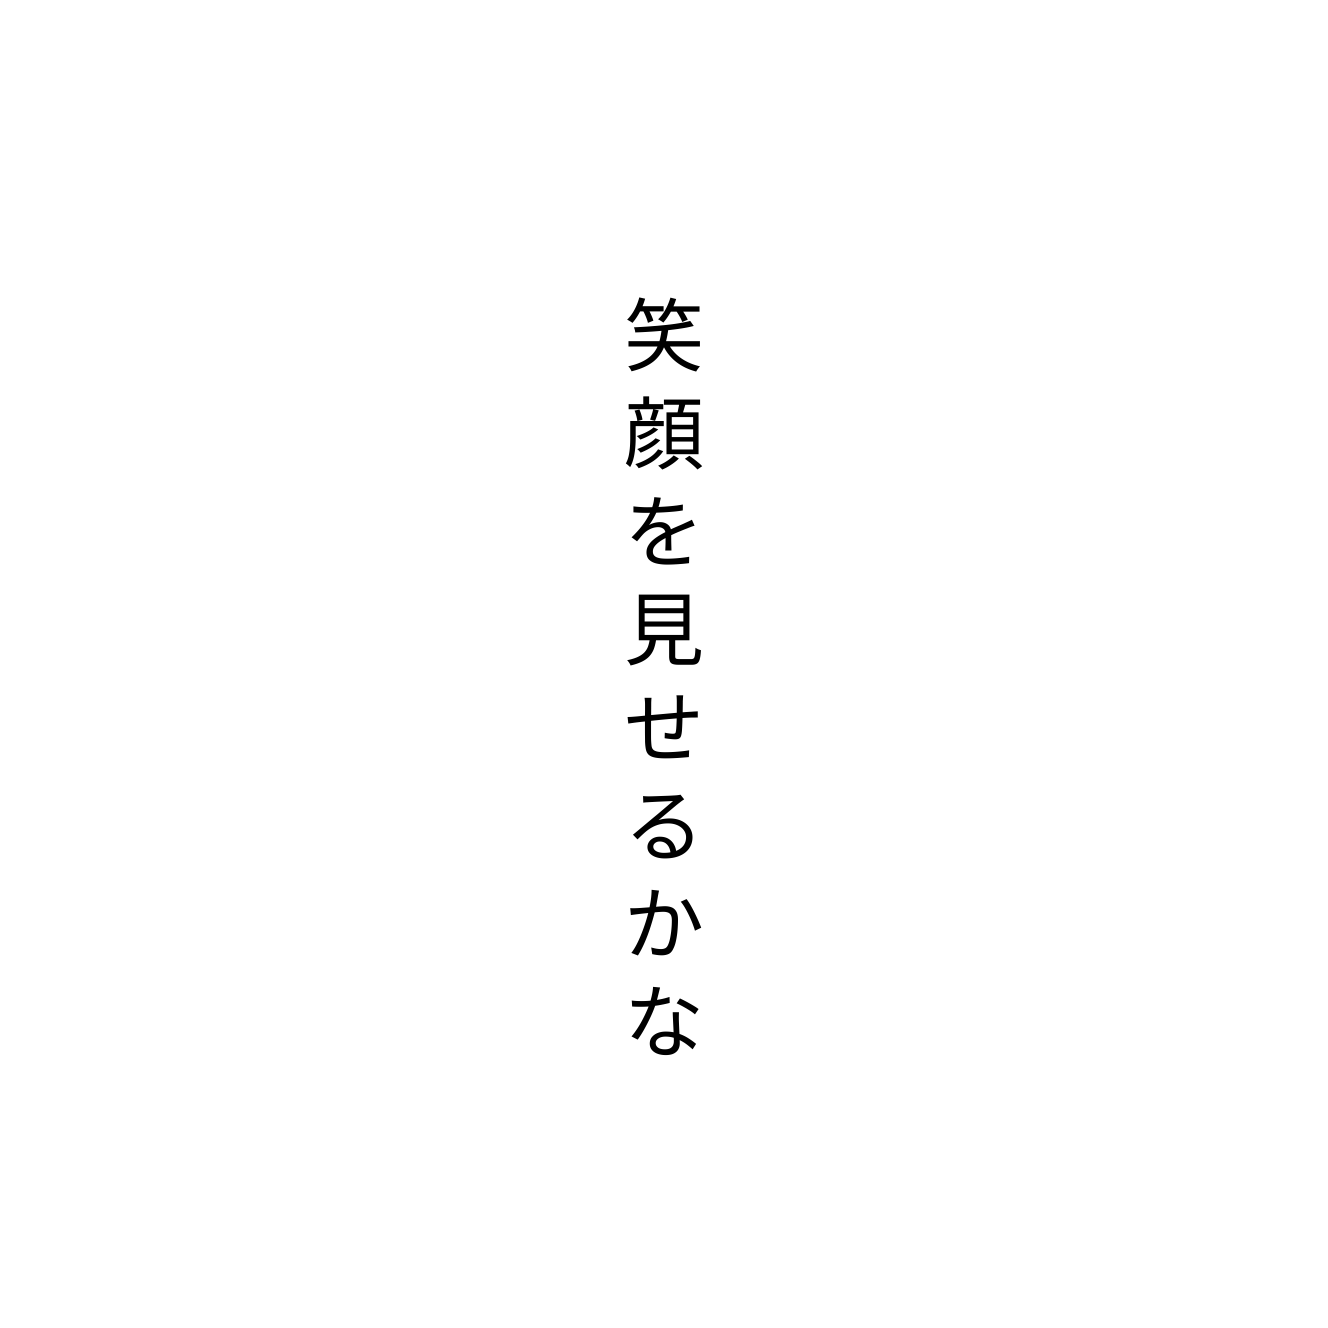
笑顔を見せるかな